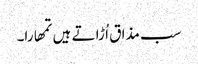
سب مذا ق اُ ڑا تے ہیں تمھارا۔